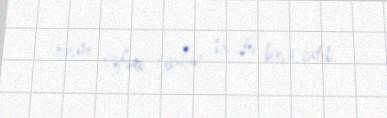
rəsmi səfəri iyulun 18-də başa çatıb.